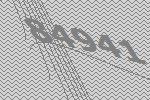
84941